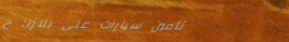
تأمين سيارات على بلازا: ح